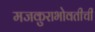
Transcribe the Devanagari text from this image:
मजकुराभोवतीची